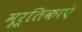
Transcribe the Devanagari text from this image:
मूर्तिकाएं